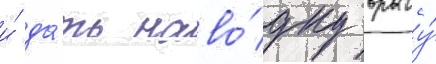
и́ да́ть наво́дку врагу́